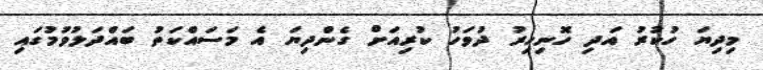
މިދިޔަ ހުކުރު އަދި ހޮނިހިރު ދުވަހު ކުރިއަށް ގެންދިޔަ އެ މަސައްކަތު ބައްދަލުވުމުގައި